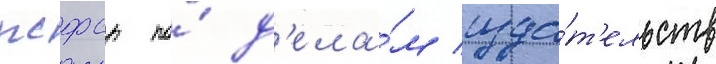
рсфср по́ д'ела́м изда́т'ельств